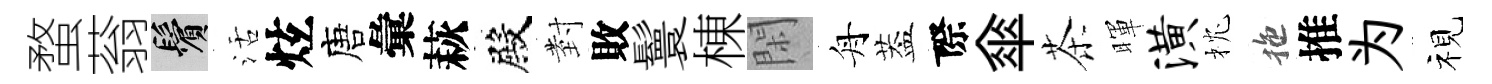
蝥蓊鬢活炫唐彙萩殿𭔹敗鬟棟閑舟葢際傘茶暉潢枕拖推为视